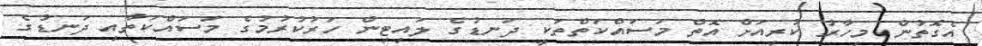
އެގޮތުން މިހާރު ކުރިއަށް އޮތް މަސައްކަތްތަކީ ދަނޑުގެ ލައިޓިން ހަރުކުރުމުގެ މަސައްކަތާއި ދަނޑުގެ